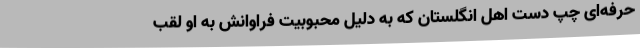
حرفه‌ای چپ‌ دست اهل انگلستان که به دلیل محبوبیت فراوانش به او لقب